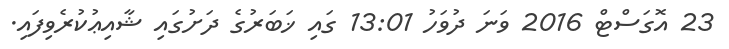
23 އޮގަސްޓް 2016 ވަނަ ދުވަހު 13:01 ގައި ޚަބަރުގެ ދަށުގައި ޝާއިޢުކުރެވިފައި.